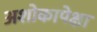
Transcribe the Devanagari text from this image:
अशोकापेक्षा